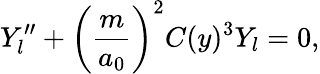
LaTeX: Y_{l}^{\prime\prime}+\left(\frac{m}{a_{0}}\right)^{2}C(y)^{3}Y_{l}=0,